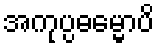
အကုပ္ပဓမ္မောပိ